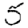
Digit: 5